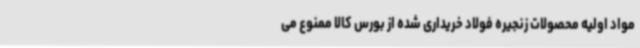
مواد اولیه محصولات زنجیره فولاد خریداری شده از بورس کالا ممنوع می